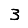
Digit: 3